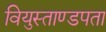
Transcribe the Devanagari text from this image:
वियुस्ताण्डपता